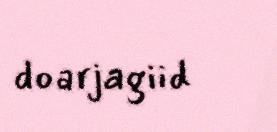
doarjagiid